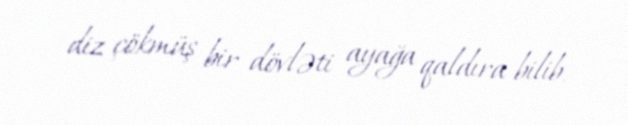
diz çökmüş bir dövləti ayağa qaldıra bilib.